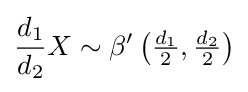
{\frac {d_{1}}{d_{2}}}X\sim \operatorname {\beta ^{\prime }} \left({\tfrac {d_{1}}{2}},{\tfrac {d_{2}}{2}}\right)